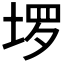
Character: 𫭽